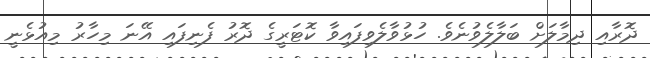
ދޮރާއި ދިމާލަށް ބަލާލެވުނެވެ. ހުޅުވާލެވިފައިވާ ކޮޓަރީގެ ދޮރު ފެނިފައި އޭނަ މިހާރު މިއުޅެނީ